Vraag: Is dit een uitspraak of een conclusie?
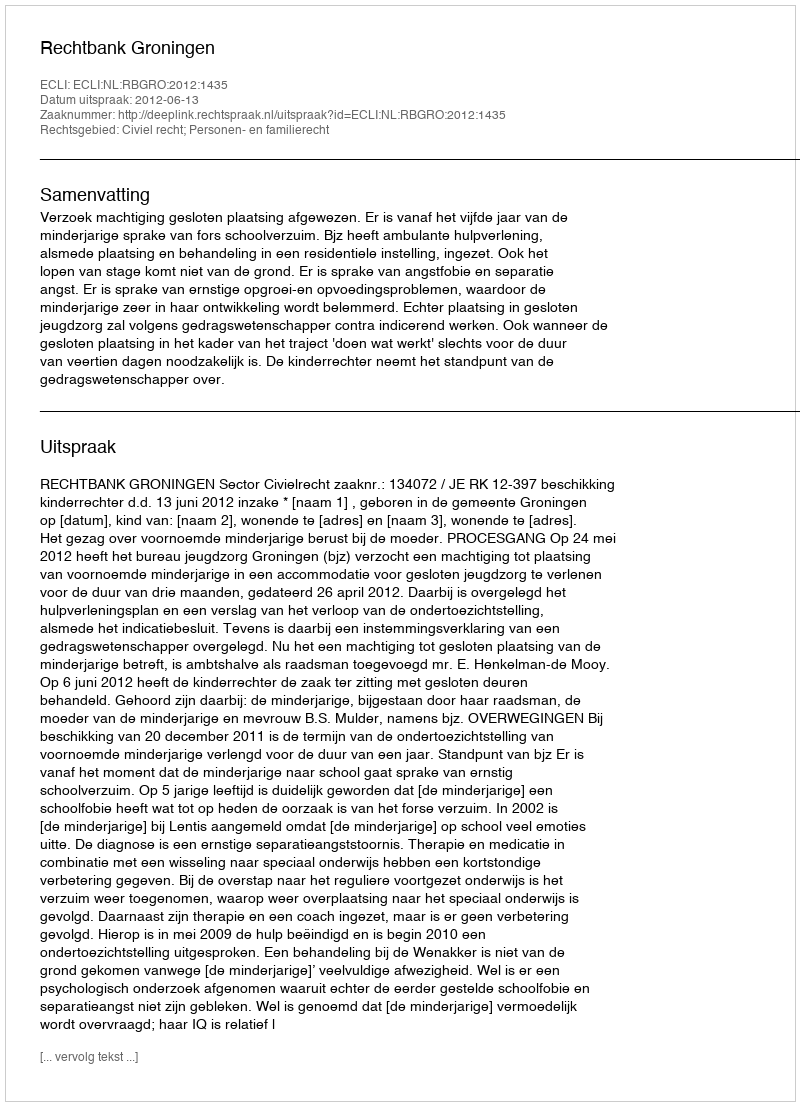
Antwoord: Uitspraak